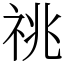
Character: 祧